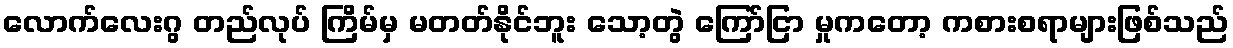
လောက်လေးဂွ တည်လုပ် ကြိမ်မှ မတတ်နိုင်ဘူး သော့တွဲ ကြော်ငြာ မှုကတော့ ကစားစရာများဖြစ်သည်